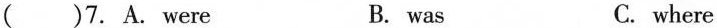
( )7. A. Were B. was C. where